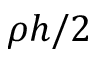
\rho h / 2